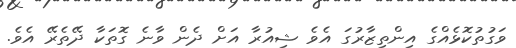
ވަގުތުކޮޅެއްގެ އިންތިޒާރުގަ އެވެ ޝިއުރާ އަށް ދެން ވާނެ ގޮތަކާ ދޭތެރޭ އެވެ.